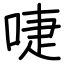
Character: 啑